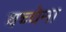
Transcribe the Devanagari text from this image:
वच्चेना